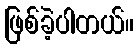
ဖြစ်ခဲ့ပါတယ်။